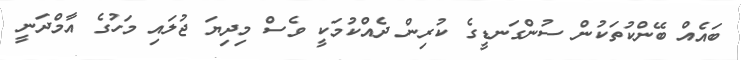
ބައެއް ބޭންކުތަކުން ސުންގަނޑީގެ ކުރިން ދެއްކުމަކީ ވެސް މިދިޔަ ޖުލައި މަހުގެ އާމްދަނީ